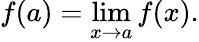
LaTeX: f(a)=\operatorname*{lim}_{x\rightarrow a}f(x).